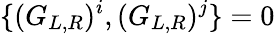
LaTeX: \{ (G_{L,R})^{i},(G_{L,R})^{j}\} =0